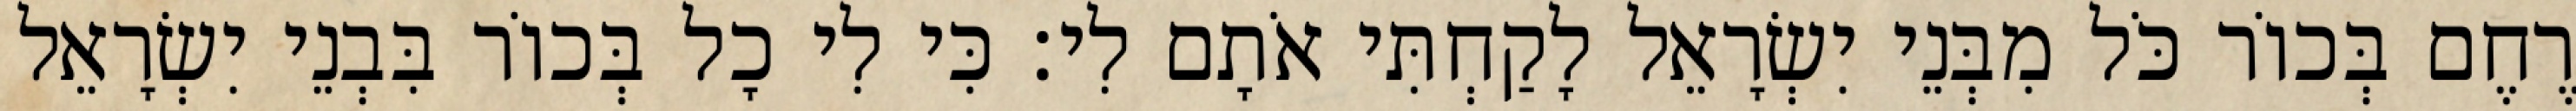
רֶחֶם בְּכוֹר כֹּל מִבְּנֵי יִשְׂרָאֵל לָקַחְתִּי אֹתָם לִי׃ כִּי לִי כָל בְּכוֹר בִּבְנֵי יִשְׂרָאֵל